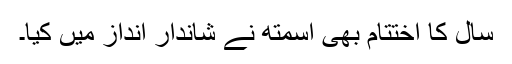
سال کا اختتام بھی اسمتھ نے شاندار انداز میں کیا۔